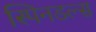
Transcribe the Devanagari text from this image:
स्पिनडल्स